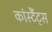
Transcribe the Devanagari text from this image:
कांस्टैंट्स